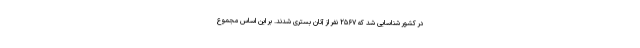
در کشور شناسایی شد که ۲۵۶۷ نفر از آنان بستری شدند. بر این اساس مجموع